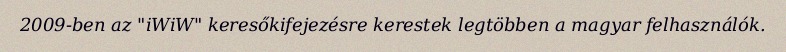
2009-ben az "iWiW" keresőkifejezésre kerestek legtöbben a magyar felhasználók.